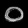
Digit: ၀